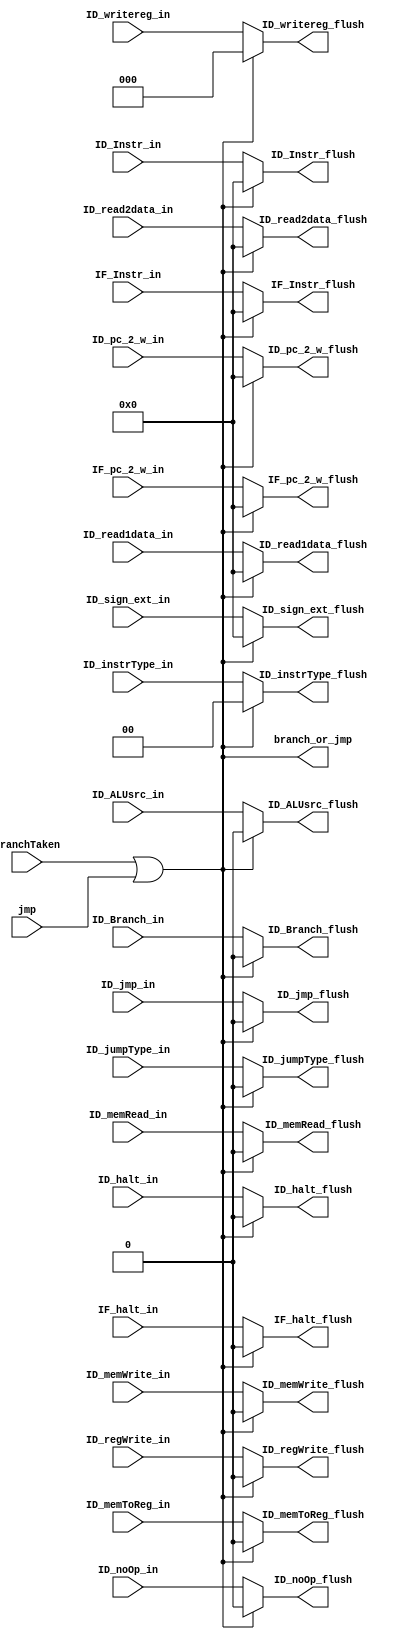
module flush(	BranchTaken, jmp,
		//Stage one: IF/ID		
		IF_Instr_in, IF_Instr_flush,
		IF_pc_2_w_in, IF_pc_2_w_flush, 
		IF_halt_in, IF_halt_flush,
		
		//Stage two: ID/IE
		ID_Instr_in, ID_Instr_flush,
		ID_read2data_in, ID_read2data_flush,
		ID_read1data_in, ID_read1data_flush,
		ID_sign_ext_in, ID_sign_ext_flush,
		ID_Branch_in, ID_Branch_flush,
		ID_instrType_in, ID_instrType_flush,
		ID_ALUsrc_in, ID_ALUsrc_flush,
		ID_memWrite_in, ID_memWrite_flush,
		ID_memRead_in, ID_memRead_flush,
		ID_memToReg_in, ID_memToReg_flush,
		ID_noOp_in, ID_noOp_flush,
		ID_jmp_in, ID_jmp_flush,
		ID_pc_2_w_in, ID_pc_2_w_flush,
		ID_jumpType_in, ID_jumpType_flush,
		ID_regWrite_in, ID_regWrite_flush,
		ID_writereg_in, ID_writereg_flush,
		ID_halt_in, ID_halt_flush,

		branch_or_jmp);

	///TODO place read2data and read1data in stall module.

	//Control signals to determine flushing
	input BranchTaken, jmp;	
	
	// Stage One: IF/ID
	input [15:0] IF_Instr_in, IF_pc_2_w_in; 
	
	input IF_halt_in;

	output [15:0] IF_Instr_flush, IF_pc_2_w_flush;
	
	output IF_halt_flush;

	// Stage Two: ID/IE
	input [15:0] ID_Instr_in, ID_read2data_in, ID_read1data_in,ID_sign_ext_in, ID_pc_2_w_in;

	input ID_Branch_in, ID_ALUsrc_in, ID_memWrite_in, ID_memRead_in, ID_memToReg_in, ID_noOp_in, ID_jmp_in, ID_jumpType_in, ID_regWrite_in, ID_halt_in;

	input [1:0] ID_instrType_in;

	input [2:0] ID_writereg_in;

	output [15:0] ID_Instr_flush, ID_read2data_flush, ID_read1data_flush,ID_sign_ext_flush, ID_pc_2_w_flush;

	output ID_Branch_flush, ID_ALUsrc_flush, ID_memWrite_flush, ID_memRead_flush, ID_memToReg_flush, ID_noOp_flush, ID_jmp_flush, ID_jumpType_flush, ID_regWrite_flush, ID_halt_flush;

	output [1:0] ID_instrType_flush;

	output [2:0] ID_writereg_flush;

	output branch_or_jmp;
	
	assign branch_or_jmp = BranchTaken | jmp;

	assign IF_Instr_flush = branch_or_jmp ? 16'h0000 : IF_Instr_in;
	assign IF_pc_2_w_flush = branch_or_jmp ? 16'h0000 : IF_pc_2_w_in;
	assign IF_halt_flush = branch_or_jmp ? 1'b0 : IF_halt_in;

	assign ID_Instr_flush = branch_or_jmp ? 16'h0000 : ID_Instr_in;
	assign ID_read2data_flush = branch_or_jmp ? 16'h0000 : ID_read2data_in;
	assign ID_read1data_flush = branch_or_jmp ? 16'h0000: ID_read1data_in;
	assign ID_sign_ext_flush = branch_or_jmp ? 16'h0000 : ID_sign_ext_in;
	assign ID_pc_2_w_flush = branch_or_jmp ? 16'h0000: ID_pc_2_w_in;

	assign ID_Branch_flush = branch_or_jmp ? 1'b0 : ID_Branch_in;
	assign ID_ALUsrc_flush = branch_or_jmp ? 1'b0 : ID_ALUsrc_in;
	assign ID_memWrite_flush = branch_or_jmp ? 1'b0 : ID_memWrite_in;
	assign ID_memRead_flush = branch_or_jmp ? 1'b0 : ID_memRead_in;
	assign ID_memToReg_flush = branch_or_jmp ? 1'b0 : ID_memToReg_in;
	assign ID_noOp_flush = branch_or_jmp ? 1'b0 : ID_noOp_in;
	assign ID_jmp_flush = branch_or_jmp ? 1'b0 : ID_jmp_in;
	assign ID_jumpType_flush = branch_or_jmp ? 1'b0 : ID_jumpType_in;
	assign ID_regWrite_flush = branch_or_jmp ? 1'b0 : ID_regWrite_in;
	assign ID_halt_flush = branch_or_jmp ? 1'b0 : ID_halt_in;

	assign ID_instrType_flush = branch_or_jmp ? 2'b00 : ID_instrType_in;
	assign ID_writereg_flush = branch_or_jmp ? 3'b000 : ID_writereg_in;	

endmodule